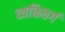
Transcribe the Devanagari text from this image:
व्यक्तिवर्ग